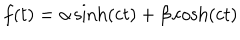
f ( t ) = { \alpha } \sinh ( c t ) + { \beta } \cosh ( c t )